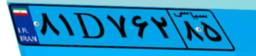
۹۸D۳۸۹۷۱